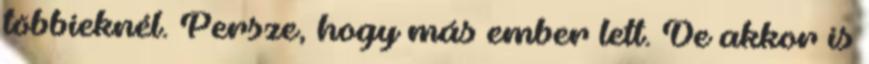
többieknél. Persze, hogy más ember lett. De akkor is